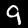
Label: 9